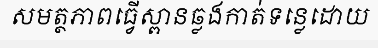
សមត្ថភាពធ្វើស្ពានឆ្លងកាត់ទន្លេដោយ